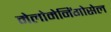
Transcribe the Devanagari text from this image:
मेलोमेनिंगोसेल